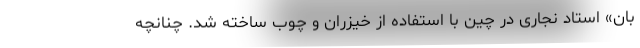
بان» استاد نجاری در چین با استفاده از خیزران و چوب ساخته شد. چنانچه